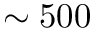
\sim 5 0 0